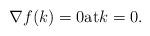
LaTeX: \begin{align*}\nabla f(k)=0 {\rm at} k=0.\end{align*}